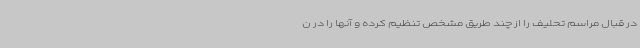
در قبال مراسم تحلیف را از چند طریق مشخص تنظیم کرده و آنها را در ن